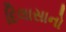
દિલાસાનો